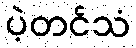
ပဲ့တင်သံ